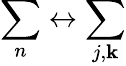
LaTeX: \sum_{n}\leftrightarrow\sum_{j,\mathbf{k}}